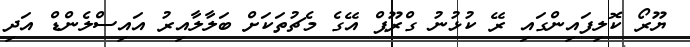
ޔޫރޯ ކޮލިފައިންގައި ރޭ ކުޅުނު ގްރޫޕް އޭގެ މެޗުތަކަށް ބަލާލާއިރު އައިސްލެންޑް އަދި